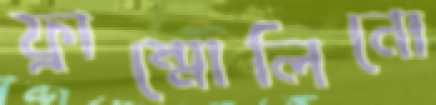
ফ্রাম্মোলিনো